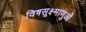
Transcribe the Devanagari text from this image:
विषसूक्ष्माणुओं